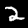
Digit: 2